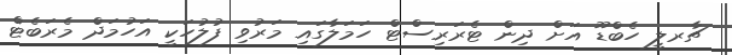
ޗާރލީ ހެބްޑޫ އަށް ދިން ޓެރަރިސްޓް ހަމަލާގައި މަރުވި ފުލުހަކީ އަހުމަދް މެރަބެޓް